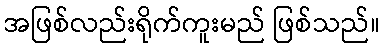
အဖြစ်လည်းရိုက်ကူးမည် ဖြစ်သည်။